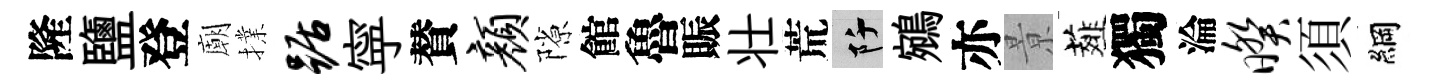
隆鹽登廟擈踞寜賛颜隙館魯賑壮荒阡鵷亦㬌薤獨淪暌須綱